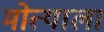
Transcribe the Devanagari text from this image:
मोत्याला